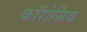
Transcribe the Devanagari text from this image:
काॅरोसिव